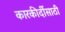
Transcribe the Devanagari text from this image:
कारकीर्दीसाठी